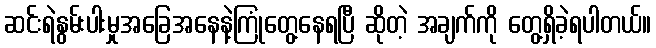
ဆင်းရဲနွမ်းပါးမှုအခြေအနေနဲ့ကြုံတွေ့နေရပြီ ဆိုတဲ့ အချက်ကို တွေ့ရှိခဲ့ရပါတယ်။